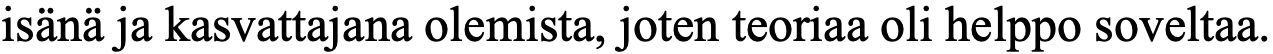
isänä ja kasvattajana olemista, joten teoriaa oli helppo soveltaa.